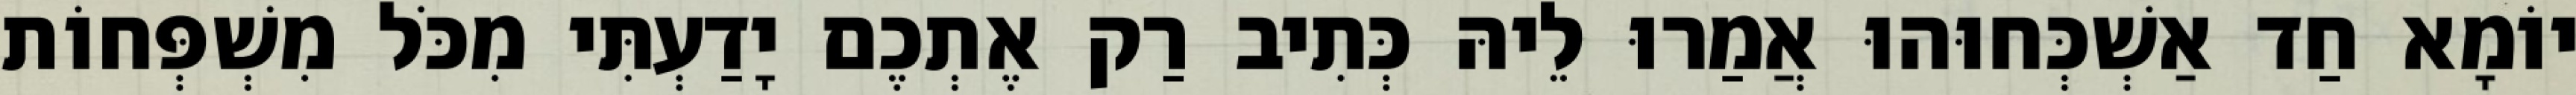
יוֹמָא חַד אַשְׁכְּחוּהוּ אֲמַרוּ לֵיהּ כְּתִיב רַק אֶתְכֶם יָדַעְתִּי מִכֹּל מִשְׁפְּחוֹת